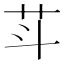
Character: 𰰩